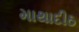
માથાદીઠ